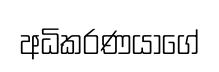
අධිකරණයාගේ